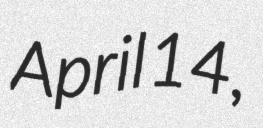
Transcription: April 14,